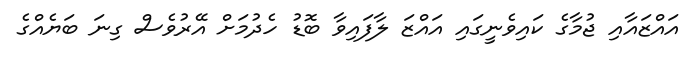
އައްޒައާއި ޖުމާގެ ކައިވެނީގައި އައްޒަ ލާފައިވާ ބޮޑު ހެދުމަށް އޭރުވެސް ގިނަ ބަޔެއްގެ